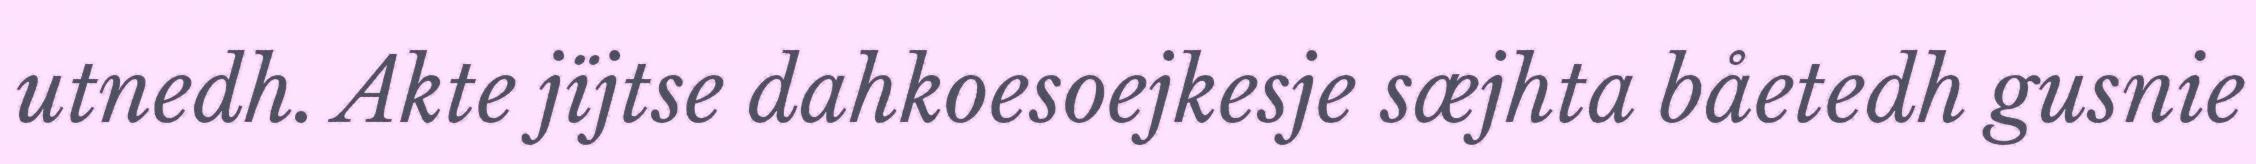
utnedh. Akte jïjtse dahkoesoejkesje sæjhta båetedh gusnie